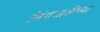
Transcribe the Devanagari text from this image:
लिंगजातीच्या